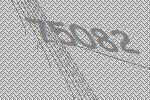
75082